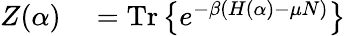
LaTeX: \begin{array}{rl}{Z(\alpha)}&{{}=\mathrm{Tr}\left\{ e^{-\beta\left(H(\alpha)-\mu N\right)}\right\} }\end{array}